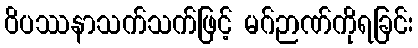
ဝိပဿနာသက်သက်ဖြင့် မဂ်ဉာဏ်ကိုရခြင်း